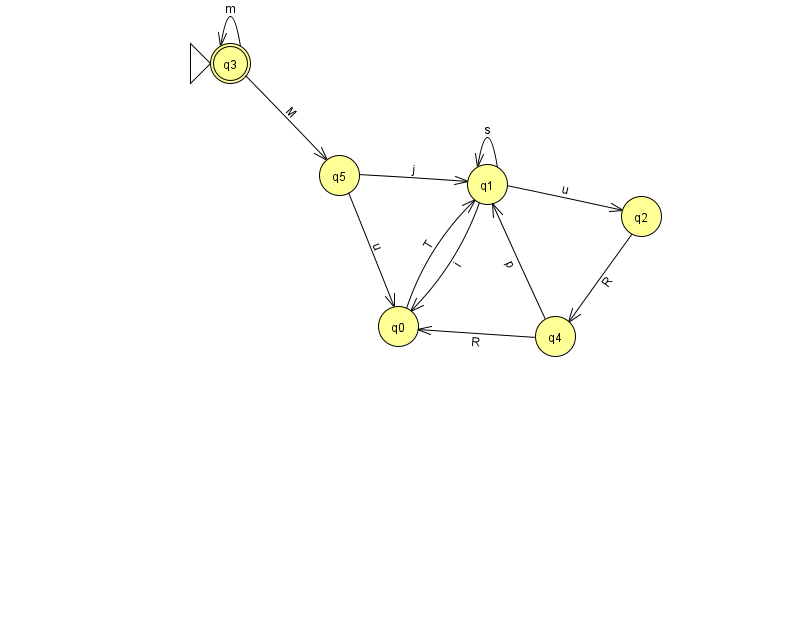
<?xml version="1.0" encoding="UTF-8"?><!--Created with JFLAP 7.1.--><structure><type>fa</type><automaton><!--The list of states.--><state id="0" name="q0"><x>398.0</x><y>313.0</y></state><state id="1" name="q1"><x>487.0</x><y>171.0</y></state><state id="2" name="q2"><x>641.0</x><y>203.0</y></state><state id="3" name="q3"><x>230.0</x><y>50.0</y><initial/><final/></state><state id="4" name="q4"><x>555.0</x><y>323.0</y></state><state id="5" name="q5"><x>339.0</x><y>162.0</y></state><!--The list of transitions.--><transition><from>0</from><to>1</to><read>T</read></transition><transition><from>1</from><to>1</to><read>s</read></transition><transition><from>3</from><to>5</to><read>M</read></transition><transition><from>5</from><to>1</to><read>j</read></transition><transition><from>2</from><to>4</to><read>R</read></transition><transition><from>4</from><to>0</to><read>R</read></transition><transition><from>4</from><to>1</to><read>p</read></transition><transition><from>5</from><to>0</to><read>u</read></transition><transition><from>3</from><to>3</to><read>m</read></transition><transition><from>1</from><to>0</to><read>i</read></transition><transition><from>1</from><to>2</to><read>u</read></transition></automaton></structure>